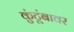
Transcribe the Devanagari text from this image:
कुंटूंबावर